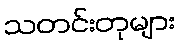
သတင်းတုများ